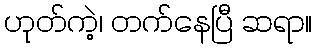
ဟုတ်ကဲ့၊ တက်နေပြီ ဆရာ။